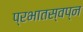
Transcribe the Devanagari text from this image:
प्रभातस्वप्न